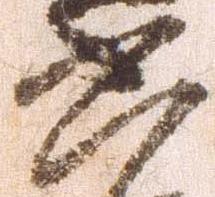
六